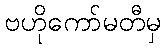
ဗဟိုကော်မတီမှ